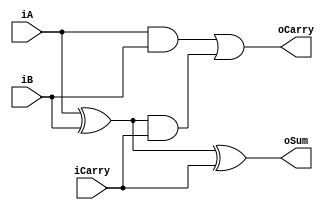
`timescale 1ns / 1ps
//////////////////////////////////////////////////////////////////////////////////
// Company: 
// Engineer: 
// 
// Design Name: 
// Module Name: full_adder
// Project Name: 
// Target Devices: 
// Tool Versions: 
// Description: 
// 
// Dependencies: 
// 
// Revision:
// Revision 0.01 - File Created
// Additional Comments:
// 
//////////////////////////////////////////////////////////////////////////////////


module full_adder(
    input wire iA, iB, iCarry,
    output wire oSum, oCarry
    );
    assign oSum = ((iA ^ iB) ^ iCarry);
        
    assign oCarry  = ((iA & iB) | ((iA^iB) & iCarry));
        
    
    
endmodule